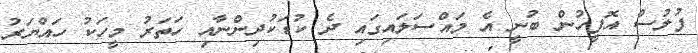
ފުލުސް އޮފީހުން ބުނީ އެ މައްސަލައިގައި ދެ ކުޑަކުދިންނާއި ހަތަރު މީހަކު ހައްޔަރު